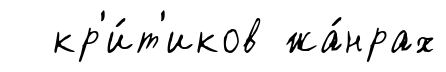
кр'и́т'иков жа́нрах